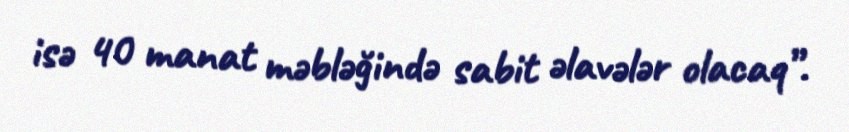
isə 40 manat məbləğində sabit əlavələr olacaq”.